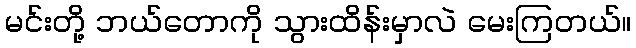
မင်းတို့ ဘယ်တောကို သွားထိန်းမှာလဲ မေးကြတယ်။